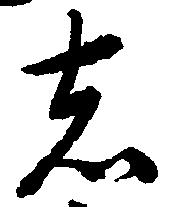
者